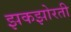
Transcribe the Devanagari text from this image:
झकझोरती